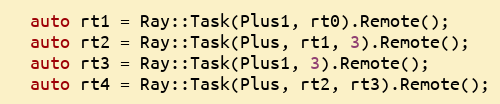
Language: C++
  auto rt1 = Ray::Task(Plus1, rt0).Remote();
  auto rt2 = Ray::Task(Plus, rt1, 3).Remote();
  auto rt3 = Ray::Task(Plus1, 3).Remote();
  auto rt4 = Ray::Task(Plus, rt2, rt3).Remote();